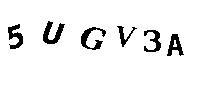
5UGV3A